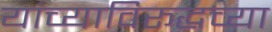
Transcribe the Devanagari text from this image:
यांच्याविरूद्धच्या